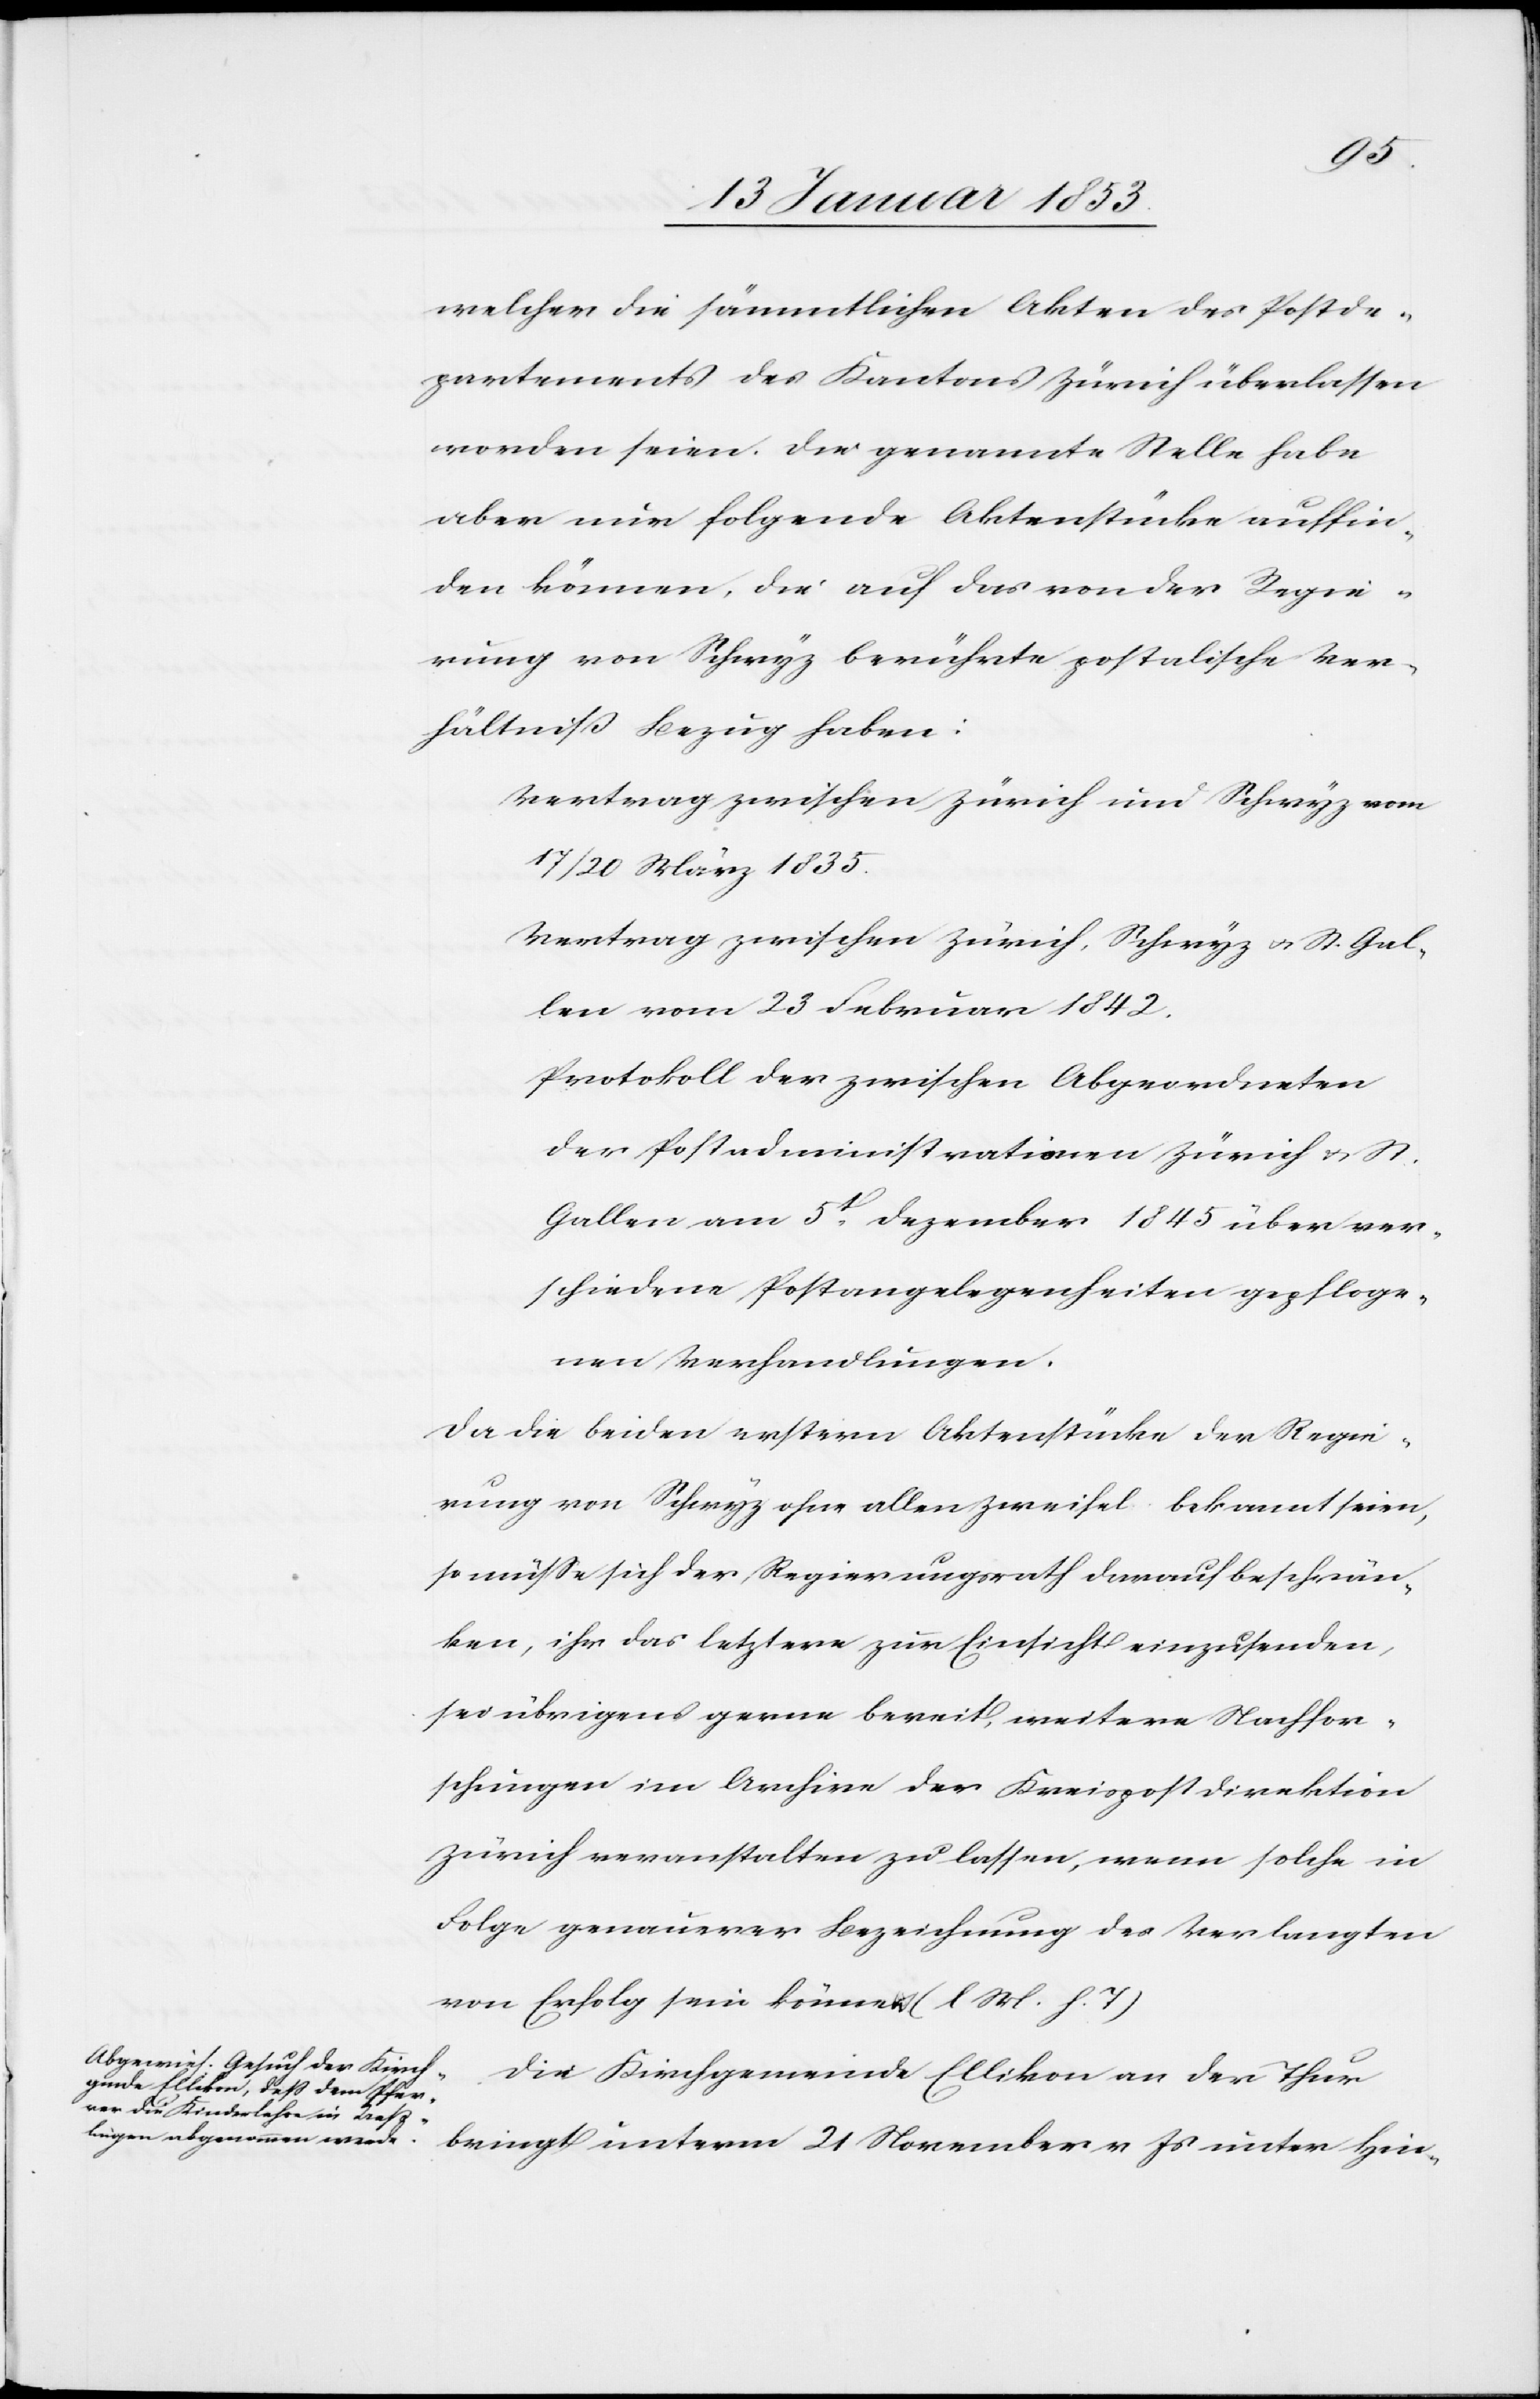
welcher die sämmtlichen Akten des Postde¬
partements des Kantons Zürich überlassen
worden seien. Die sogenannte Stelle habe
aber nur folgende Aktenstücke auffin¬
den können, die auf das von der Regie¬
rung von Schwyz bewährte postalische Ver¬
hältniß Bezug haben:
Vertrag zwischen Zürich und Schwyz vom
17/20 März 1835
Vertrag zwischen Zürich, Schwyz u. St. Gal¬
len vom 23 Februar 1842.
Protokoll der zwischen Abgeordneten
der Postadministration Zürich u. St.
Gallen am 5t. Dezember 1845 über ver¬
schiedene Postangelegenheiten gepfloge¬
nen Verhandlungen.
Da die beiden erstern Aktenstücke der Regie¬
rung von Schwyz ohne allen Zweifel bekannt seien,
so müßte sich der Regierungsrath darauf beschrän¬
ken, ihr das letztere zur Einsicht einzusenden,
sei übrigens gerne bereit, weitere Nachfor¬
schungen im Archive der Kriegspostdirektion
Zürich veranstalten zu lassen, wenn solche in
Folge genauerer Bezeichnung des Verlangten
von Erfolg sein könne [l. M. h. T]
unter
Die Kirchgemeinde Ellikon an der Thur